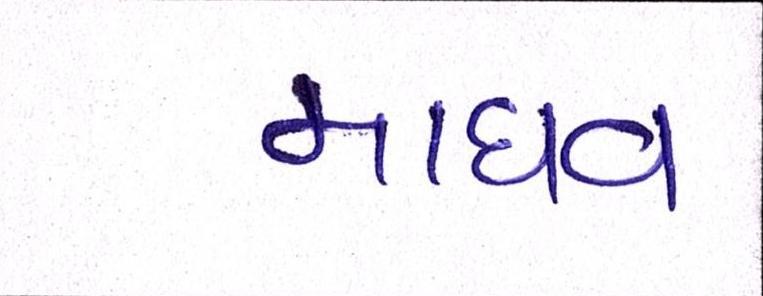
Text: માધવ